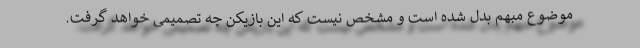
موضوع مبهم بدل شده است و مشخص نیست که این بازیکن چه تصمیمی خواهد گرفت.